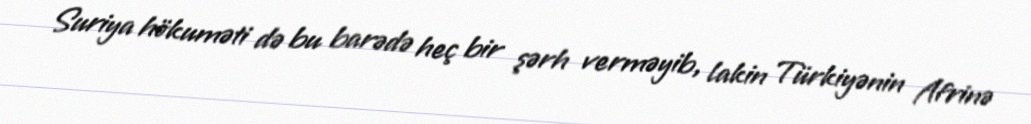
Suriya hökuməti də bu barədə heç bir şərh verməyib, lakin Türkiyənin Afrinə